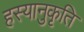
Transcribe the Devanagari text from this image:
हस्यानुकृति